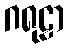
ဂရုဠာ